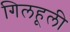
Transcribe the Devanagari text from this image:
गिलहूली